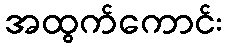
အထွက်ကောင်း